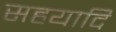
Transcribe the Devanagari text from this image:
सहयादि